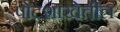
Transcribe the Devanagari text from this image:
पोटशाखेतील